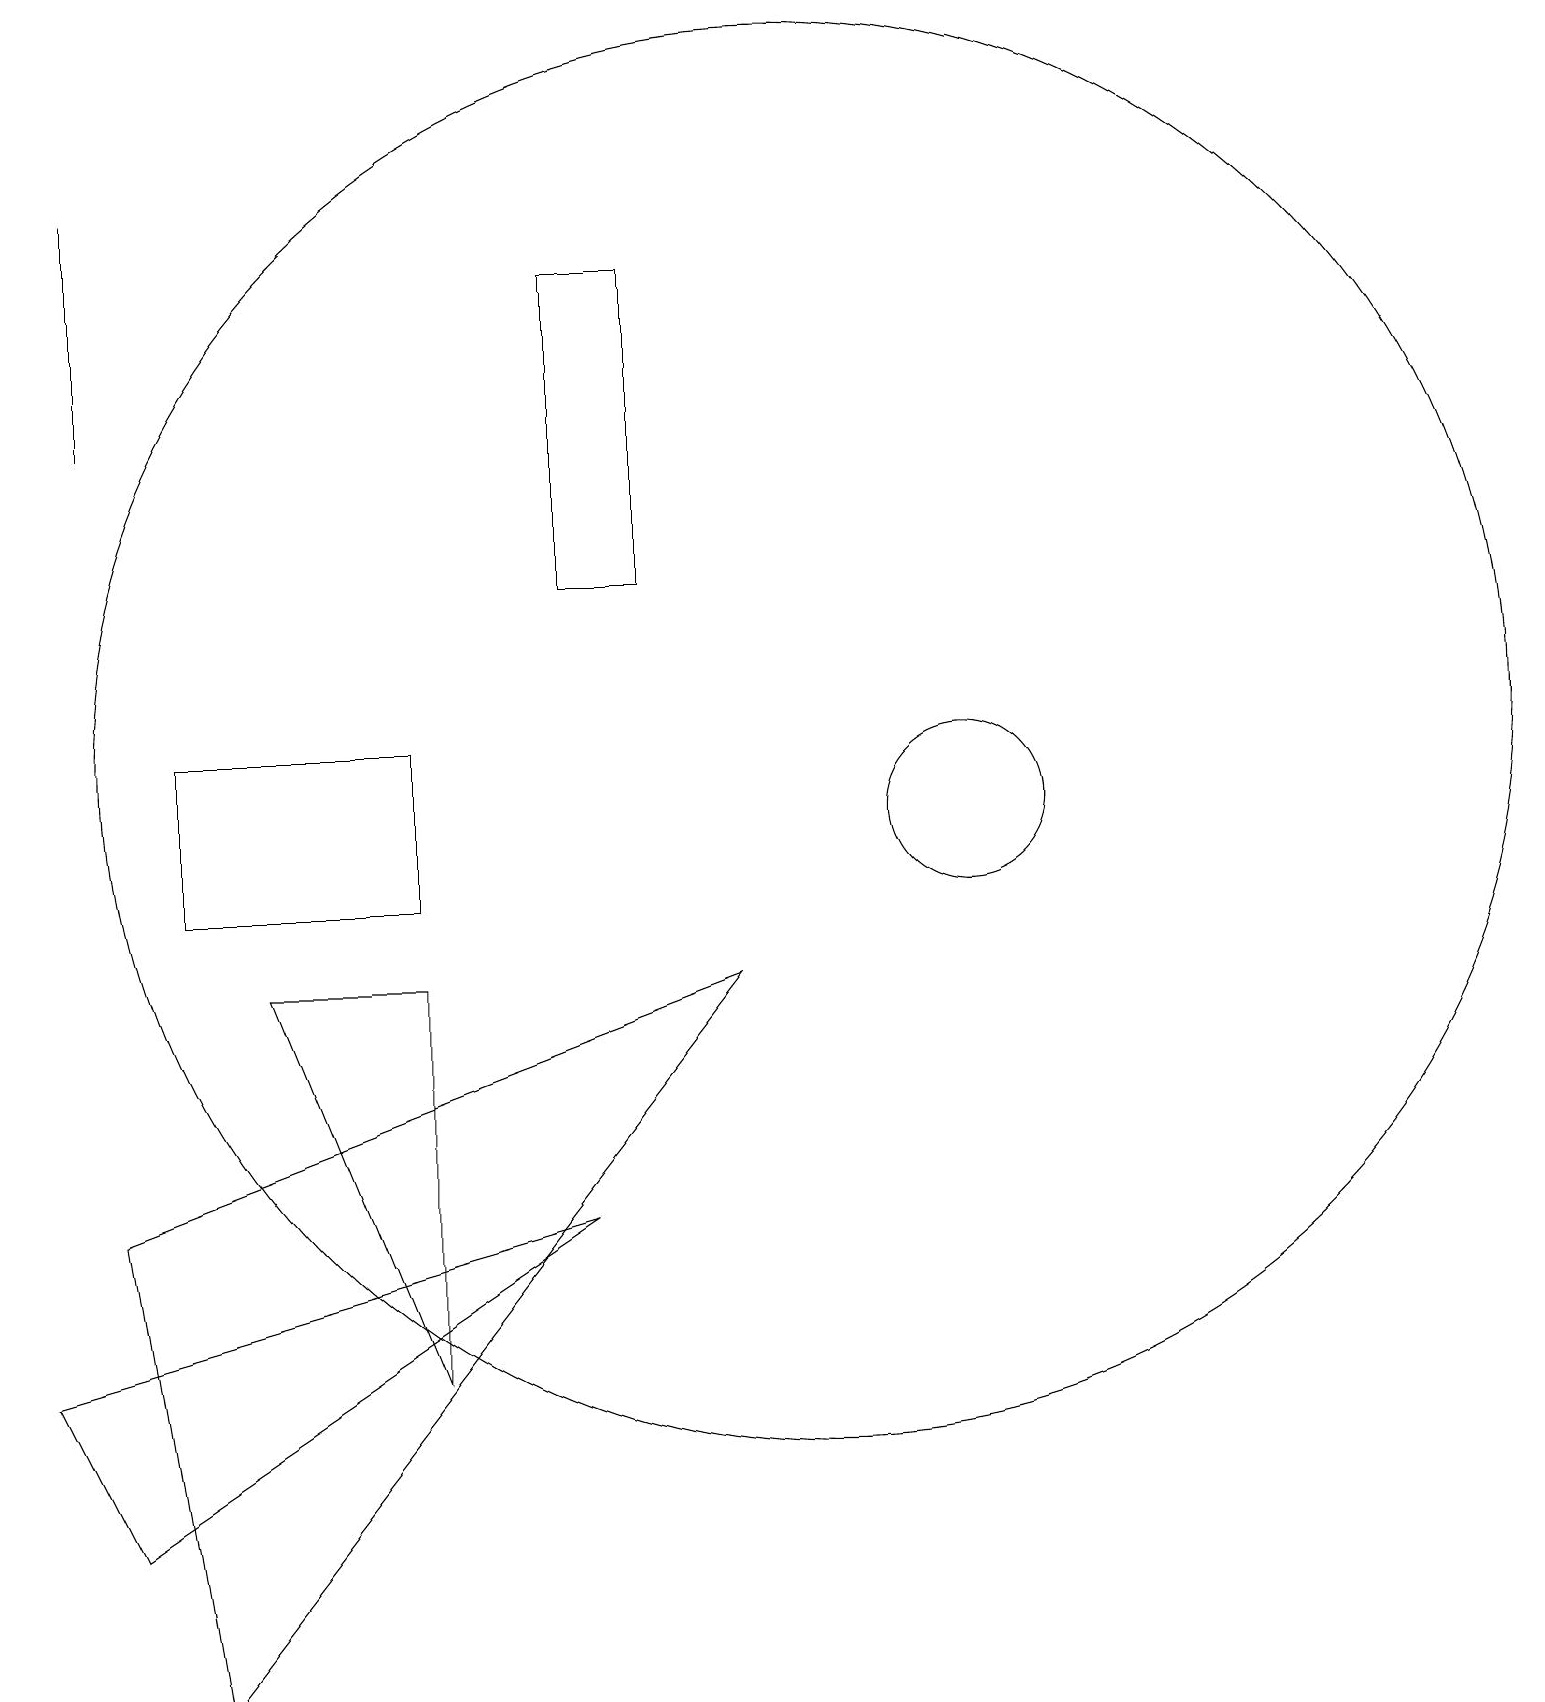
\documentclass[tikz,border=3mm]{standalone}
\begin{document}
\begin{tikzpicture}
\draw (12,11) circle (1);
\draw (10,12) circle (9);
\draw (8,14) rectangle (7,18);
\draw (5,10) rectangle (2,12);
\draw (3,9) -- (5,9) -- (5,4) -- cycle;
\draw (1,2) -- (0,4) -- (7,6) -- cycle;
\draw (1,19) rectangle (1,16);
\draw (1,6) -- (9,9) -- (2,0) -- cycle;
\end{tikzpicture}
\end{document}